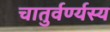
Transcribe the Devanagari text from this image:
चातुर्वर्ण्यस्य